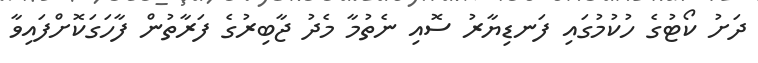
ދަށު ކޯޓުގެ ހުކުމުގައި ފަނޑިޔާރު ސޮއި ނެތުމާ މެދު ޖާބިރުގެ ފަރާތުން ފާހަގަކޮށްފައިވާ